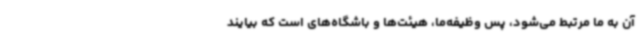
آن به ما مرتبط می‌شود، پس وظیفه‌ما، هیئت‌ها و باشگاه‌های است که بیایند